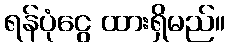
ရန်ပုံငွေ ထားရှိမည်။